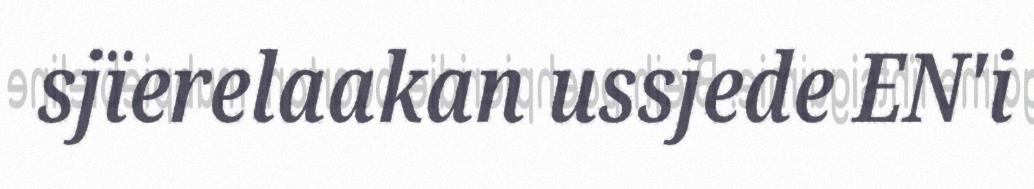
sjïerelaakan ussjede EN'i